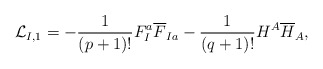
\begin{align*}{\cal L}_{I,1}= -\frac{1}{(p+1)!} F_I^a {\overline F}_{Ia} -\frac{1}{(q+1)!} H^A {\overline H}_A,\end{align*}